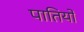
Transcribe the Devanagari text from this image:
पातियों